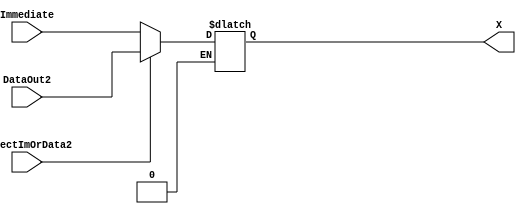
module mux_2x1_64b_ImOrData2 (
    input SelectImOrData2,
    input [63:0] Immediate, DataOut2, //Escolheremos entre immediate e Data1 para fornecer ao somador.
    output reg [63:0] X
);

always @ (*) 
    begin
        if (SelectImOrData2 == 1'b0)
            X <= Immediate;
        else if (SelectImOrData2 == 1'b1)
            X <= DataOut2;
    end
endmodule